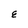
Character: E